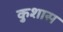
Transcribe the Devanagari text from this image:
कुशास